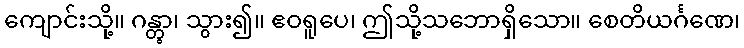
ကျောင်းသို့။ ဂန္တွာ၊ သွား၍။ ဧဝရူပေ၊ ဤသို့သဘောရှိသော။ စေတိယင်္ဂဏေ၊